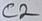
Text: C2